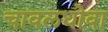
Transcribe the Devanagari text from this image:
चावलधोवा